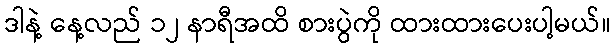
ဒါနဲ့ နေ့လည် ၁၂ နာရီအထိ စားပွဲကို ထားထားပေးပါ့မယ်။